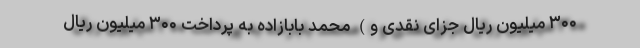
۳۰۰ میلیون ریال جزای نقدی و) محمد بابازاده به پرداخت ۳۰۰ میلیون ریال